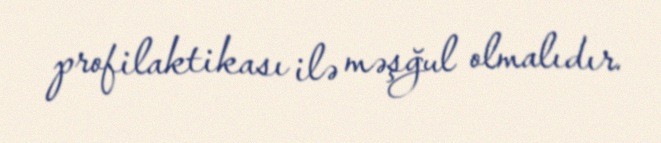
profilaktikası ilə məşğul olmalıdır.